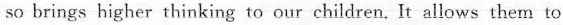
so brings higher thinking to our children. It allows them to